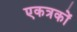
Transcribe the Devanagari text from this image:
एकत्रकों